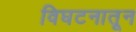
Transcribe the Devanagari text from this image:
विघटनातून